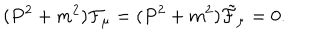
LaTeX: ( P ^ { 2 } + m ^ { 2 } ) { \cal F } _ { \mu } = ( P ^ { 2 } + m ^ { 2 } ) { \tilde { \cal F } } _ { \mu } = 0 .